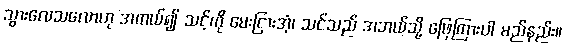
သွားလေသလောဟု အကယ်၍ သင့်ကို မေးငြားအံ့၊ သင်သည် အဘယ်သို့ ဖြေကြားပါ မည်နည်း။